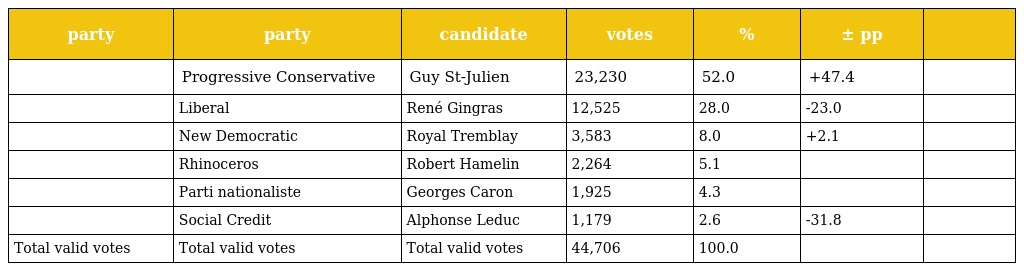
| party | party | candidate | votes | % | ± pp |  |
 | --- | --- | --- | --- | --- | --- | --- |
 |  | Progressive Conservative | Guy St-Julien | 23,230 | 52.0 | +47.4 |  |
 |  | Liberal | René Gingras | 12,525 | 28.0 | -23.0 |  |
 |  | New Democratic | Royal Tremblay | 3,583 | 8.0 | +2.1 |  |
 |  | Rhinoceros | Robert Hamelin | 2,264 | 5.1 |  |  |
 |  | Parti nationaliste | Georges Caron | 1,925 | 4.3 |  |  |
 |  | Social Credit | Alphonse Leduc | 1,179 | 2.6 | -31.8 |  |
 | Total valid votes | Total valid votes | Total valid votes | 44,706 | 100.0 |  |  |